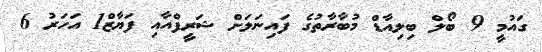
ގައުމީ 9 ބޯލް ބިލިއާޑް މުބާރާތުގެ ފައިނަލަށް ޝަރީފްއާއި ފަޔާޒް1 އަހަރު 6